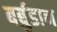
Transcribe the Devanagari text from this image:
बर्बुडान